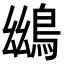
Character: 𪀨